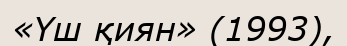
«Үш қиян» (1993),